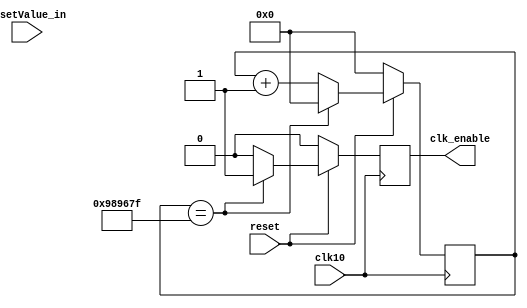
module clkGen_verilog(clk10,reset,resetValue_in,clk_enable);

input reset, clk10;
input[25:0] resetValue_in;
output clk_enable;
reg clk_enable;

reg [23:0] counter;
reg enable;

parameter freq_divider=10000000;

always@(posedge clk10) 
begin
     if(reset==0)
           begin
             counter<=24'b0;
             clk_enable<=1'b0;
           end
     else if (counter == freq_divider - 1)
             begin 
               counter <= 24'b0;
               clk_enable  <= 1'b1;
             end
          else
             begin
             counter <= counter + 1;
             clk_enable  <= 1'b0;     
             end 
 end    
endmodule